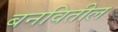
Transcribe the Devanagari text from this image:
बनवितील